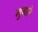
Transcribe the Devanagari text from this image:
मुगारे